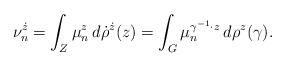
\begin{align*} \nu_{n}^{\dot z} = \int_{Z}\mu_{n}^{z}\,d\dot\rho^{\dot z}(z)=\int_{G} \mu_{n}^{\gamma^{-1}\cdot z}\,d\rho^{z}(\gamma). \end{align*}